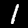
Digit: 1